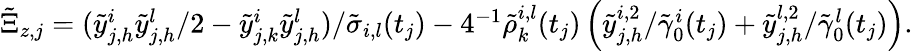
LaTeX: \begin{array}{r}{\tilde{\Xi}_{z,j}=(\tilde{y}_{j,h}^{i}\tilde{y}_{j,h}^{l}/2-\tilde{y}_{j,k}^{i}\tilde{y}_{j,h}^{l})/\tilde{\sigma}_{i,l}(t_{j})-4^{-1}\tilde{\rho}_{k}^{i,l}(t_{j})\left(\tilde{y}_{j,h}^{i,2}/\tilde{\gamma}_{0}^{i}(t_{j})+\tilde{y}_{j,h}^{l,2}/\tilde{\gamma}_{0}^{l}(t_{j})\right).}\end{array}